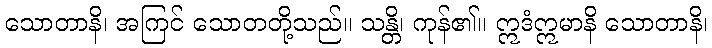
သောတာနိ၊ အကြင် သောတတို့သည်။ သန္တိ၊ ကုန်၏။ ဣဒံဣမာနိ သောတာနိ၊